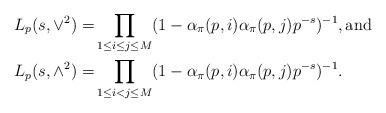
LaTeX: \begin{align*} L_p(s, \vee^2) =& \prod_{1 \leq i \leq j \leq M}(1-\alpha_{\pi}(p, i)\alpha_{\pi}(p, j)p^{-s})^{-1}, \mbox{and} \\ L_p(s, \wedge^2)=& \prod_{1 \leq i < j \leq M}(1-\alpha_{\pi}(p, i)\alpha_{\pi}(p, j)p^{-s})^{-1}.\end{align*}